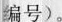
编号)。